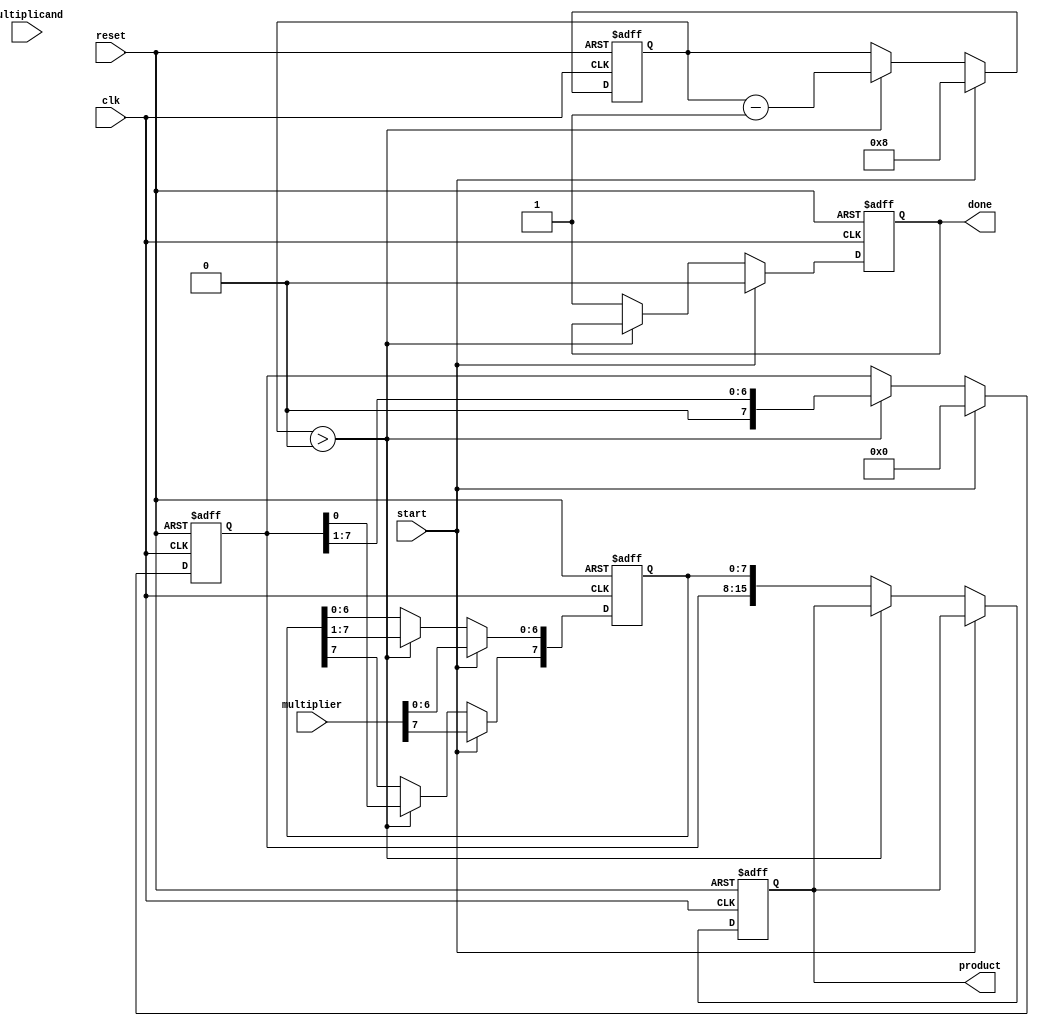
module booth_multiplier #(
    parameter WIDTH = 8 // Width of the multiplicand and multiplier
)(
    input wire clk,
    input wire reset,
    input wire start,
    input wire signed [WIDTH-1:0] multiplicand,
    input wire signed [WIDTH-1:0] multiplier,
    output reg signed [2*WIDTH-1:0] product,
    output reg done
);

    // Registers
    reg signed [WIDTH-1:0] M;          // Multiplicand
    reg signed [WIDTH-1:0] Q;          // Multiplier
    reg signed [WIDTH-1:0] A;          // Accumulator
    reg Q_1;                           // Previous Q[0]
    reg [3:0] count;                  // Count of iterations

    // State Machine
    always @(posedge clk or posedge reset) begin
        if (reset) begin
            A <= 0;
            Q <= 0;
            M <= 0;
            Q_1 <= 0;
            product <= 0;
            done <= 0;
            count <= 0;
        end else if (start) begin
            // Load registers
            A <= 0;
            Q <= multiplier;
            M <= multiplicand;
            Q_1 <= 0;
            count <= WIDTH; // Set count to the width of the multiplier
            done <= 0;
        end else if (count > 0) begin
            // Perform Booth's algorithm
            case ({Q[0], Q_1})
                2'b01: A <= A + M;    // A = A + M
                2'b10: A <= A - M;    // A = A - M
                // 2'b00 and 2'b11: Do nothing
            endcase
            
            // Arithmetic right shift on A and Q
            {A, Q} <= {A, Q} >> 1; // Logical right shift of A and Q
            
            // Update Q_1 with the previous Q[0]
            Q_1 <= Q[0];
            
            // Move the previous A[0] into Q[WIDTH-1] after shift
            Q[WIDTH-1] <= A[0];
            
            // Decrement count
            count <= count - 1;
        end else begin
            // Multiplication done
            product <= {A, Q}; // Concatenate A and Q to form the final product
            done <= 1;         // Indicate completion
        end
    end
endmodule